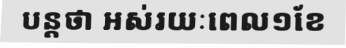
បន្តថា អស់រយៈពេល១ខែ